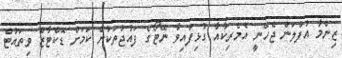
ޒިންމާ އުފުލަން ޖެހޭނީ އެމެރިކާއާ ގުޅިފައިވާ ނޭޓޯގެ ފައުޖުތަކުން ކަމަށް ޑޮކްޓާޒް ވިތައުޓް